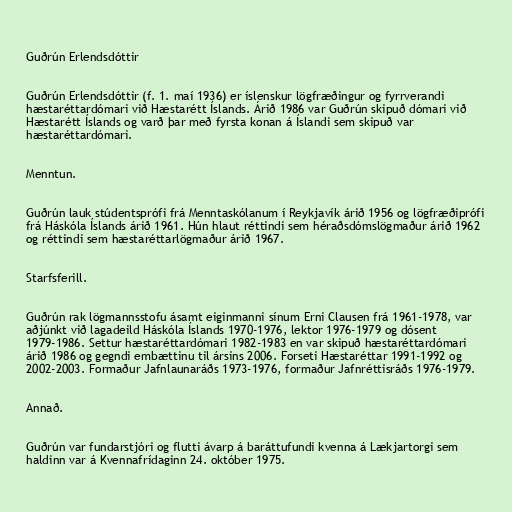
Guðrún Erlendsdóttir

Guðrún Erlendsdóttir (f. 1. maí 1936) er íslenskur lögfræðingur og fyrrverandi
hæstaréttardómari við Hæstarétt Íslands. Árið 1986 var Guðrún skipuð dómari við
Hæstarétt Íslands og varð þar með fyrsta konan á Íslandi sem skipuð var
hæstaréttardómari.

Menntun.

Guðrún lauk stúdentsprófi frá Menntaskólanum í Reykjavík árið 1956 og lögfræðiprófi
frá Háskóla Íslands árið 1961. Hún hlaut réttindi sem héraðsdómslögmaður árið 1962
og réttindi sem hæstaréttarlögmaður árið 1967.

Starfsferill.

Guðrún rak lögmannsstofu ásamt eiginmanni sínum Erni Clausen frá 1961-1978, var
aðjúnkt við lagadeild Háskóla Íslands 1970-1976, lektor 1976-1979 og dósent
1979-1986. Settur hæstaréttardómari 1982-1983 en var skipuð hæstaréttardómari
árið 1986 og gegndi embættinu til ársins 2006. Forseti Hæstaréttar 1991-1992 og
2002-2003. Formaður Jafnlaunaráðs 1973-1976, formaður Jafnréttisráðs 1976-1979.

Annað.

Guðrún var fundarstjóri og flutti ávarp á baráttufundi kvenna á Lækjartorgi sem
haldinn var á Kvennafrídaginn 24. október 1975.